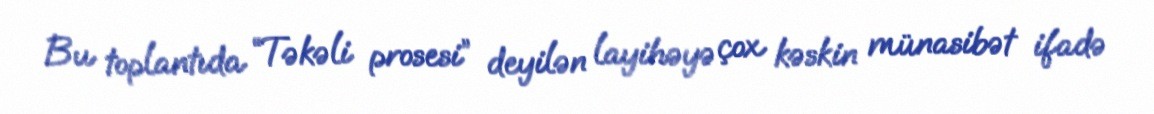
Bu toplantıda “Təkəli prosesi” deyilən layihəyə çox kəskin münasibət ifadə